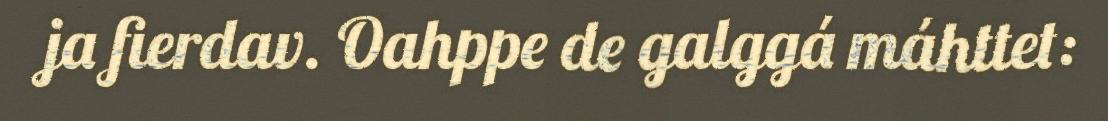
ja fierdav. Oahppe de galggá máhttet: